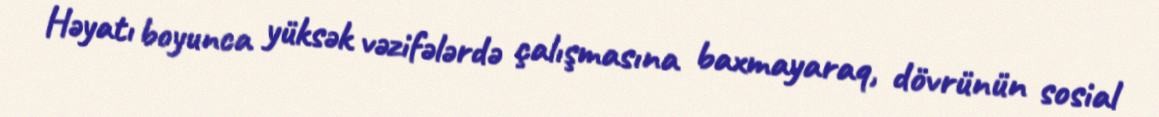
Həyatı boyunca yüksək vəzifələrdə çalışmasına baxmayaraq, dövrünün sosial